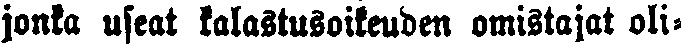
jonka useat kalastusoikeuden omistajat oli-